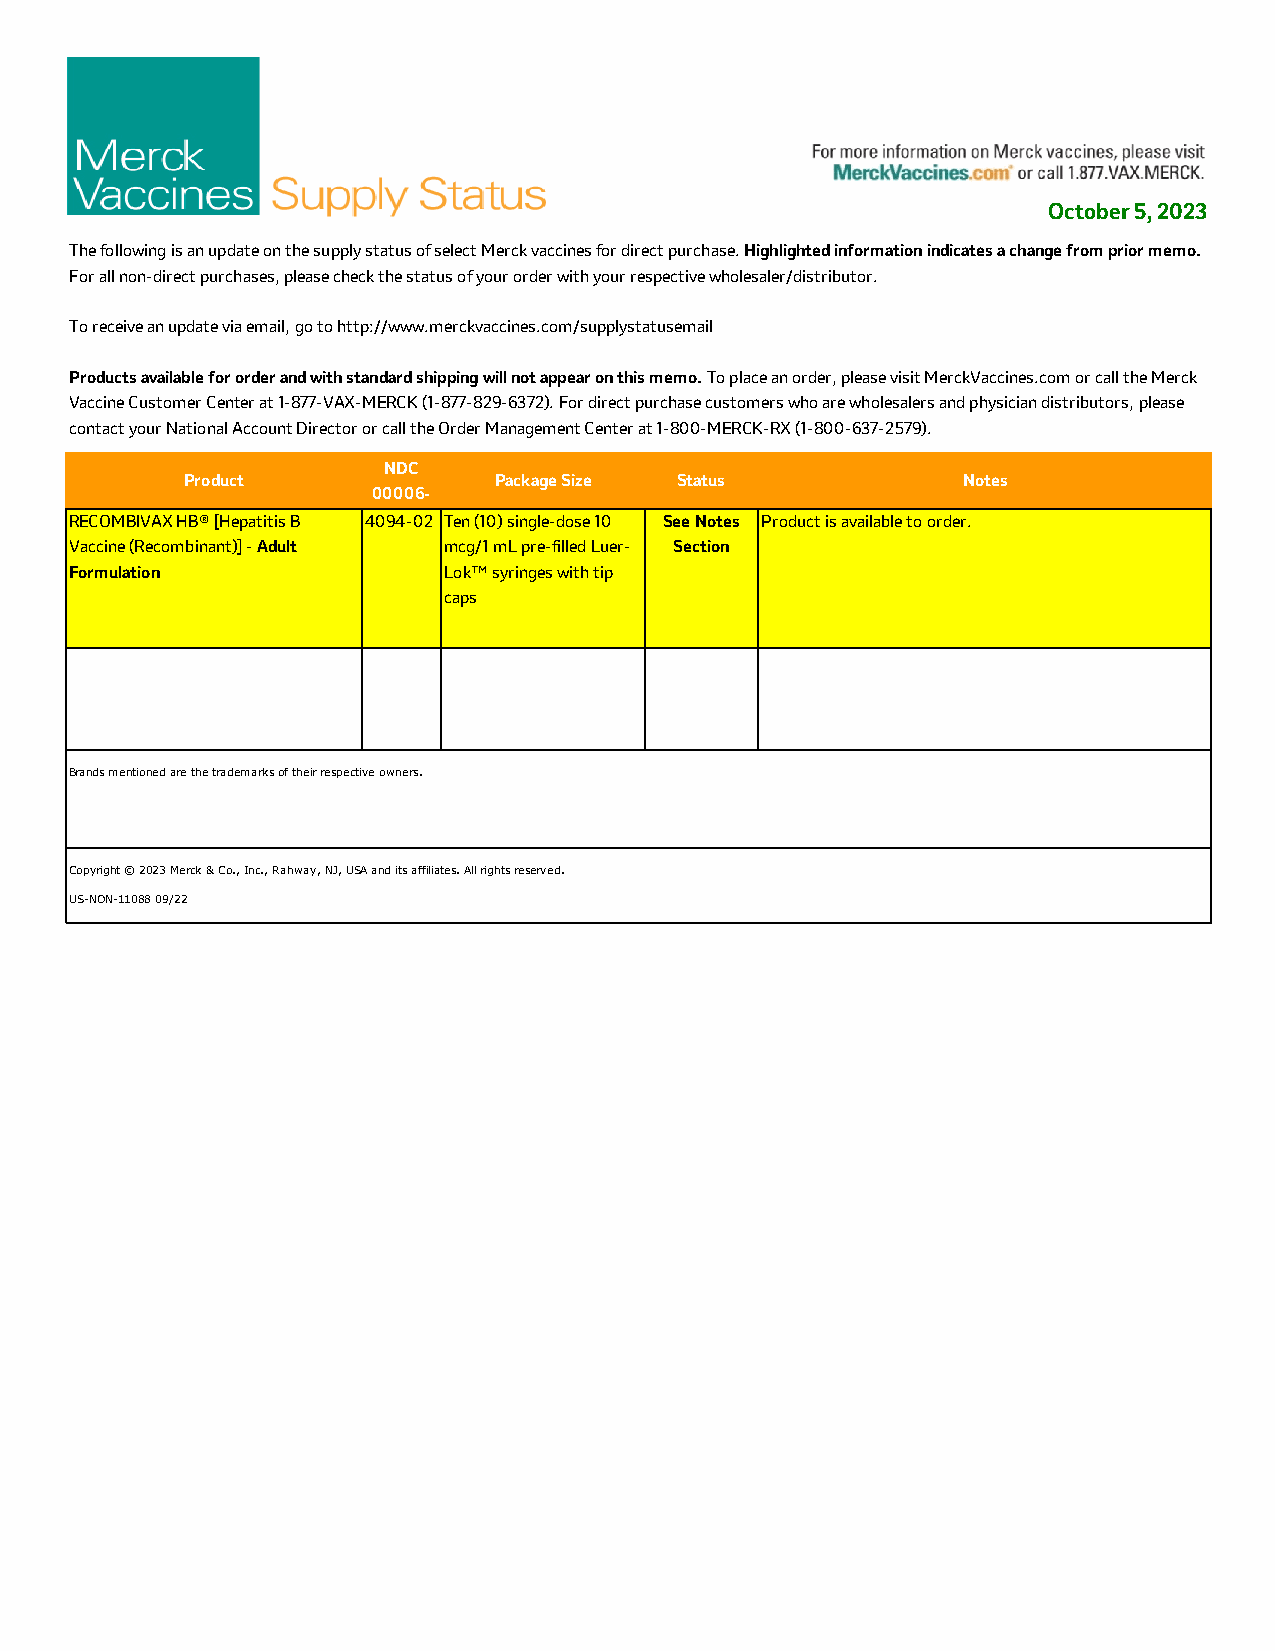
October 5, 2023
 The following is an update on the supply status of select Merck vaccines for direct purchase. Highlighted information indicates a change from prior memo.
 For all non-direct purchases, please check the status of your order with your respective wholesaler/distributor.
 To receive an update via email, go to http://www.merckvaccines.com/supplystatusemail
 Products available for order and with standard shipping will not appear on this memo. To place an order, please visit MerckVaccines.com or call the Merck
 Vaccine Customer Center at 1-877-VAX-MERCK (1-877-829-6372). For direct purchase customers who are wholesalers and physician distributors, please
 contact your National Account Director or call the Order Management Center at 1-800-MERCK-RX (1-800-637-2579).
 NDC
 Product              Package Size Status            Notes
 00006-
 RECOMBIVAX HB® [Hepatitis B 4094-02 Ten (10) single-dose 10 See Notes Product is available to order.
 Vaccine (Recombinant)] - Adult mcg/1 mL pre-filled Luer- Section
 Formulation             Lok™ syringes with tip
 caps
 Brands mentioned are the trademarks of their respective owners.
 Copyright © 2023 Merck & Co., Inc., Rahway, NJ, USA and its affiliates. All rights reserved.
 US-NON-11088 09/22